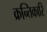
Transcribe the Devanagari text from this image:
क्रन्तिकारि